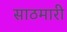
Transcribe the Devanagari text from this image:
साठमारी